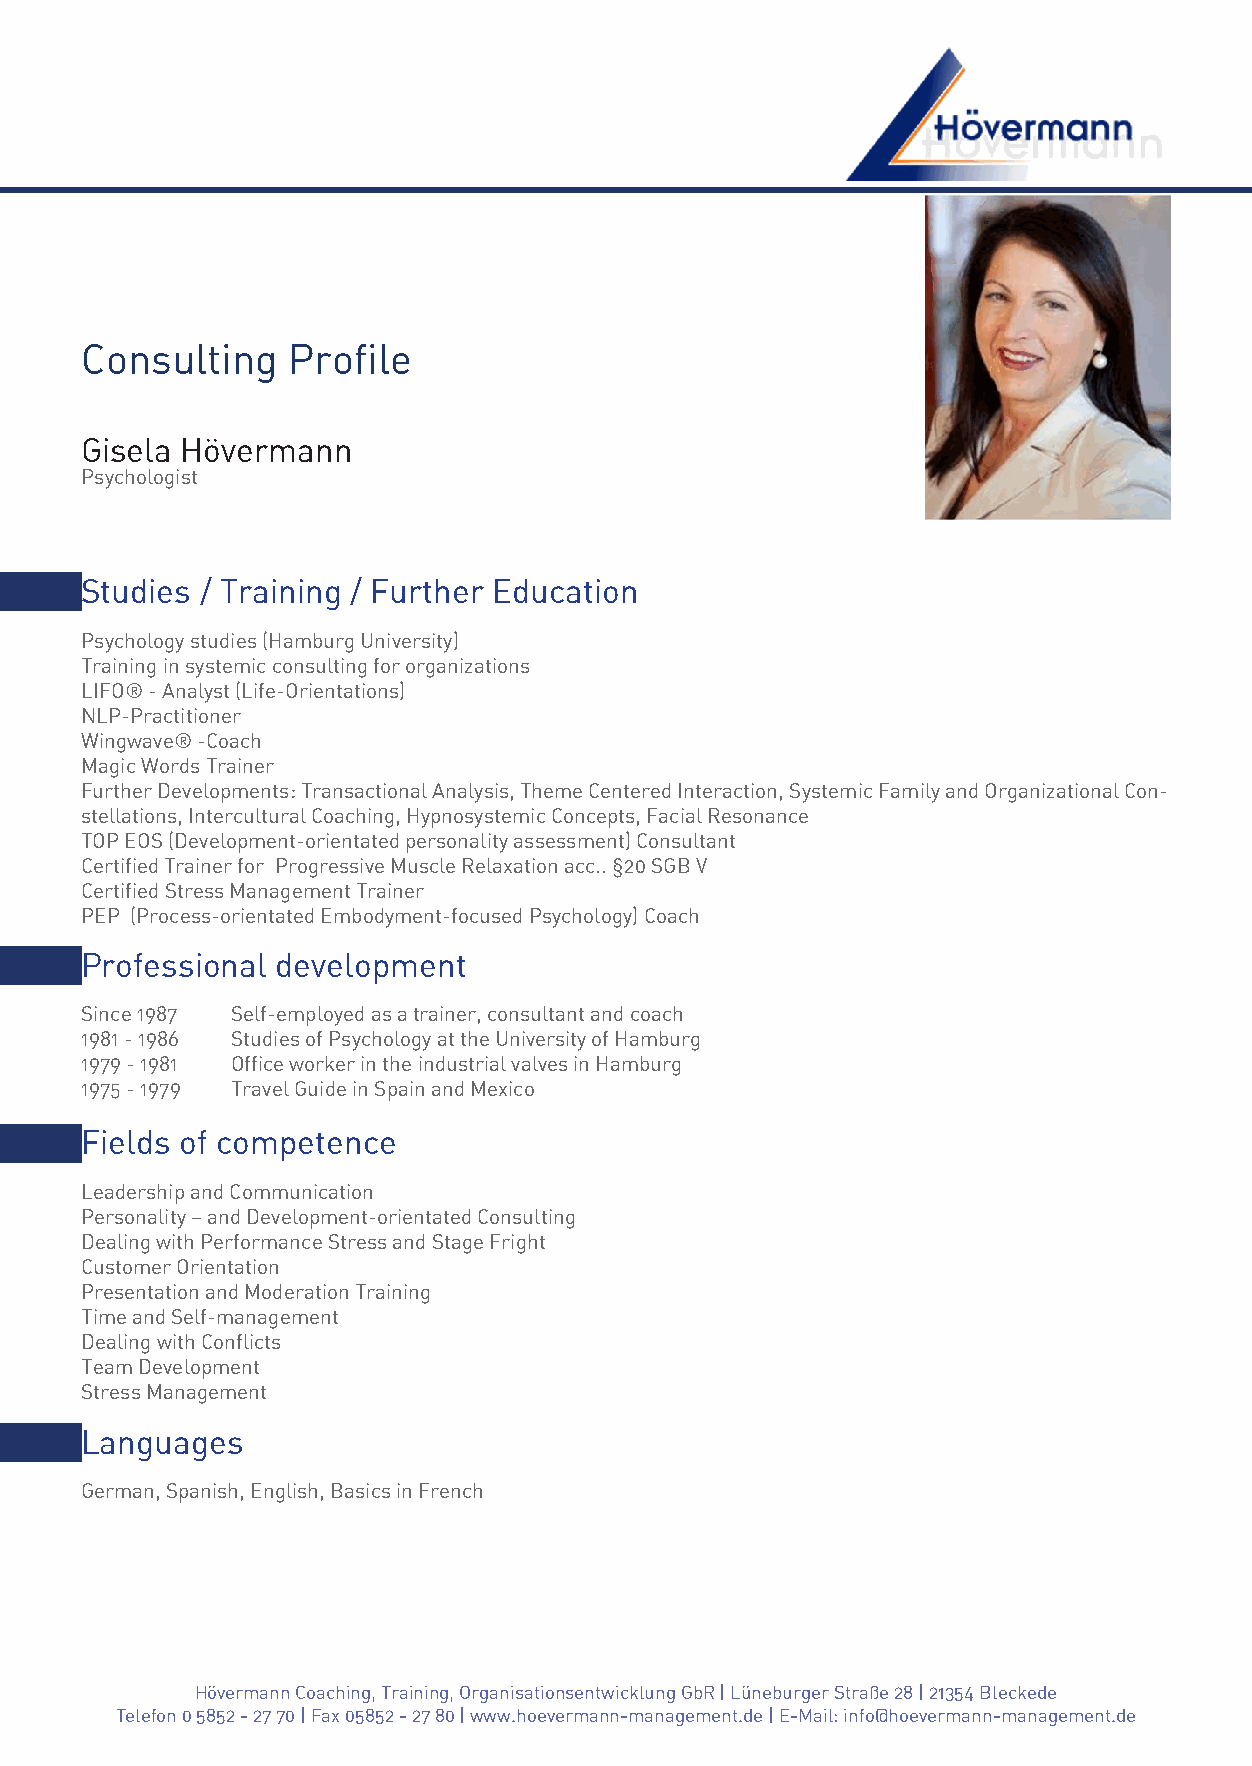
Consulting    Profile
 Gisela Hövermann
 Psychologist
 Studies / Training / Further Education
 Psychology studies (Hamburg University)
 Training in systemic consulting for organizations
 LIFO® - Analyst (Life-Orientations)
 NLP-Practitioner
 Wingwave® -Coach
 Magic Words Trainer
 Further Developments: Transactional Analysis, Theme Centered Interaction, Systemic Family and Organizational Con-
 stellations, Intercultural Coaching, Hypnosystemic Concepts, Facial Resonance
 TOP EOS (Development-orientated personality assessment) Consultant
 Certified Trainer for Progressive Muscle Relaxation acc.. §20 SGB V
 Certified Stress Management Trainer
 PEP (Process-orientated Embodyment-focused Psychology) Coach
 Professional development
 Since 1987 Self-employed as a trainer, consultant and coach
 1981 - 1986 Studies of Psychology at the University of Hamburg
 1979 - 1981 Office worker in the industrial valves in Hamburg
 1975 - 1979 Travel Guide in Spain and Mexico
 Fields of competence
 Leadership and Communication
 Personality – and Development-orientated Consulting
 Dealing with Performance Stress and Stage Fright
 Customer Orientation
 Presentation and Moderation Training
 Time and Self-management
 Dealing with Conflicts
 Team Development
 Stress Management
 Languages
 German, Spanish, English, Basics in French
 Hövermann Coaching, Training, Organisationsentwicklung GbR | Lüneburger Straße 28 | 21354 Bleckede
 Telefon 0 5852 - 27 70 | Fax 05852 - 27 80 | www.hoevermann-management.de | E-Mail: info@hoevermann-management.de